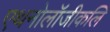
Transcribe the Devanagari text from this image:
एथनोलॉजीकलि